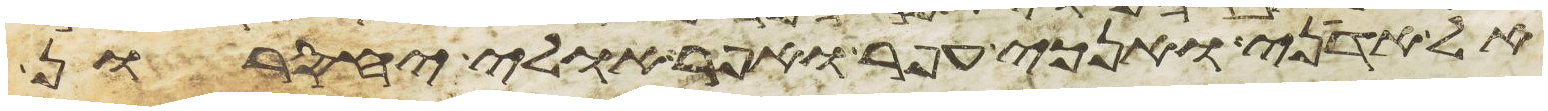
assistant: אל אדני ואנכי עפר ואפר אולי יחסרון